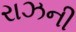
રાઝની